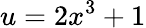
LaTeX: u=2x^{3}+1